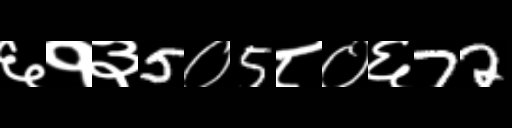
Text: ६१३5०5८०६72